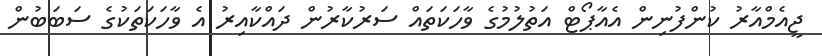
ޖީއެމްއާރު ކުންފުނިން އެއާޕޯޓް އަތުލުމުގެ ވާހަކަތައް ސަރުކާރުން ދައްކާއިރު އެ ވާހަކަތަކުގެ ސަބަބުން